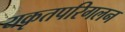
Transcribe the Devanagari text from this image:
यकृतपरिगलन